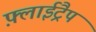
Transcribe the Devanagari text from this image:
फ़्लाईट्रैप